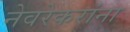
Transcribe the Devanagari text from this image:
नेवरेकरांना